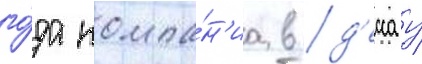
го́да компа́н'иа в д'ессау